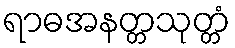
ရာဓအနတ္တသုတ္တံ